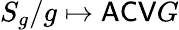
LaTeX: S_{g}/g\mapsto\mathsf{ACV}G